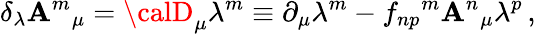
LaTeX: \delta_{\lambda}\mathbf{A}^{m}{}_{\mu}={\calD}_{\mu}\lambda^{m}\equiv\partial_{\mu}\lambda^{m}-f_{np}{}^{m}\mathbf{A}^{n}{}_{\mu}\lambda^{p}\, ,